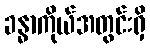
ခန္ဓာကိုယ်အတွင်းရှိ